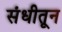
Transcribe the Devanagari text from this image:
संधीतून